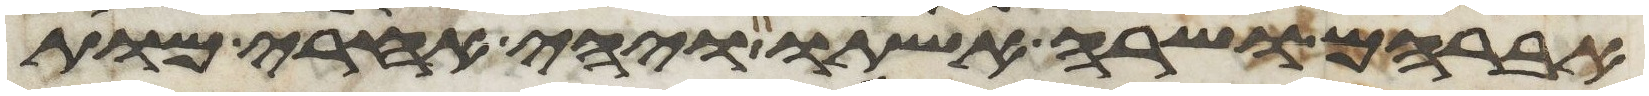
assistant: אברהם ושרה אשתו ויהי אחרי מות